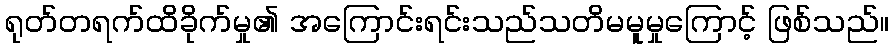
ရုတ်တရက်ထိခိုက်မှု၏ အကြောင်းရင်းသည်သတိမမူမှုကြောင့် ဖြစ်သည်။